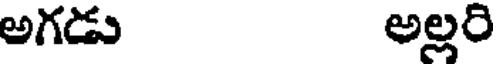
అగడు అల్లరి